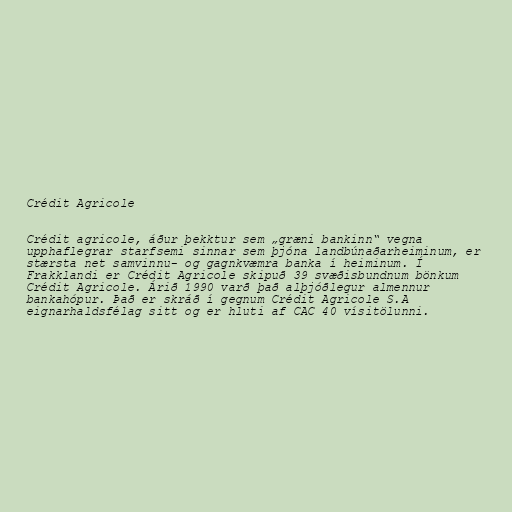
Crédit Agricole

Crédit agricole, áður þekktur sem „græni bankinn“ vegna
upphaflegrar starfsemi sinnar sem þjóna landbúnaðarheiminum, er
stærsta net samvinnu- og gagnkvæmra banka í heiminum. Í
Frakklandi er Crédit Agricole skipuð 39 svæðisbundnum bönkum
Crédit Agricole. Árið 1990 varð það alþjóðlegur almennur
bankahópur. Það er skráð í gegnum Crédit Agricole S.A
eignarhaldsfélag sitt og er hluti af CAC 40 vísitölunni.